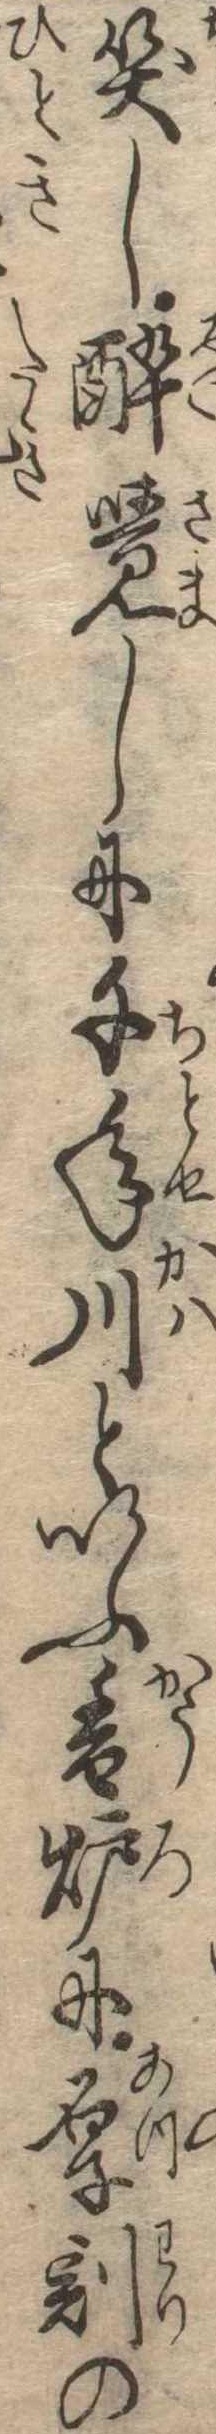
笑し酔覚しに千年川といふ香炉に厚割の